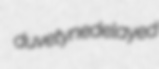
duvetyne delayed